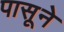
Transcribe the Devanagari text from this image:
पासूने